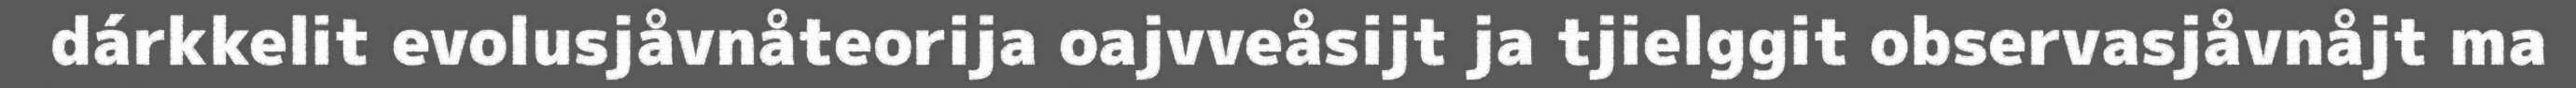
dárkkelit evolusjåvnåteorija oajvveåsijt ja tjielggit observasjåvnåjt ma